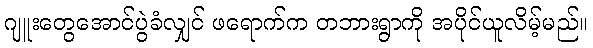
ဂျူးတွေအောင်ပွဲခံလျှင် ဖရောက်က တဘားရွာကို အပိုင်ယူလိမ့်မည်။